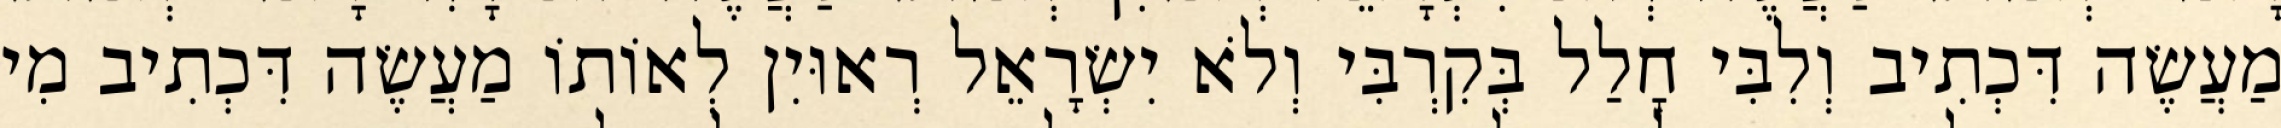
מַעֲשֶׂה דִּכְתִיב וְלִבִּי חָלַל בְּקִרְבִּי וְלֹא יִשְׂרָאֵל רְאוּיִן לְאוֹתוֹ מַעֲשֶׂה דִּכְתִיב מִי